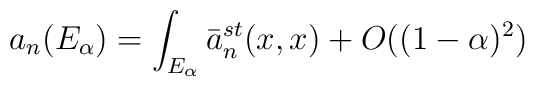
a_n (E_\alpha )=  \int_{E_\alpha} \bar{a}^{st}_n (x,x) +O((1-\alpha)^2)